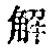
解